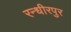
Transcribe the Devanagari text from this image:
रन्धीरपुर